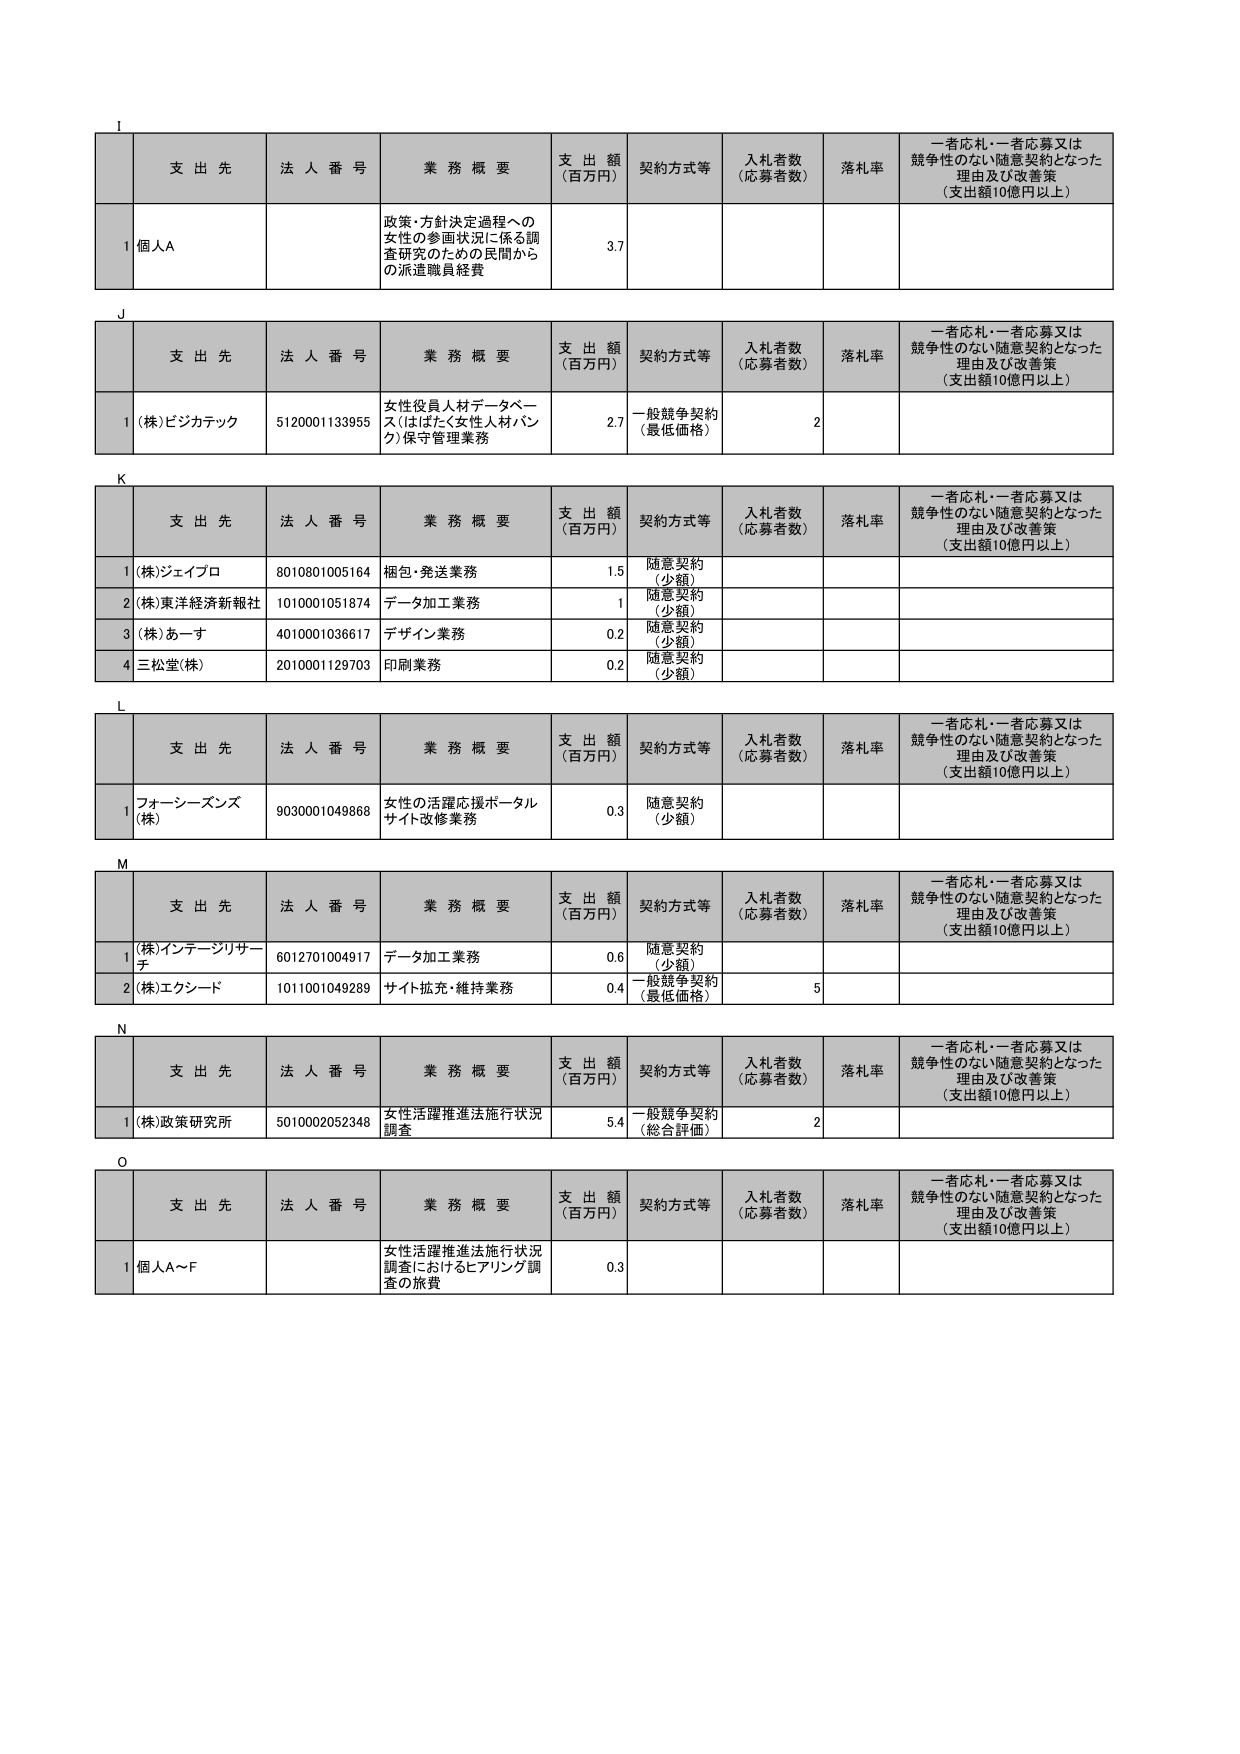
I
支 出 先 法 人 番 号 業 務 概 要 支 出 額 （百万円） 契約方式等 入札者数 （応募者数） 落札率 一者応札・一者応募又は 競争性のない随意契約となった 理由及び改善策 （支出額10億円以上）
1 個人A 政策・方針決定過程への 女性の参画状況に係る調 査研究のための民間から の派遣職員経費 3.7

J
支 出 先 法 人 番 号 業 務 概 要 支 出 額 （百万円） 契約方式等 入札者数 （応募者数） 落札率 一者応札・一者応募又は 競争性のない随意契約となった 理由及び改善策 （支出額10億円以上）
1 (株)ビジカテック 5120001133955 女性役員人材データベー ス（はばたく女性人材バン ク）保守管理業務 2.7 一般競争契約 （最低価格） 2

K
支 出 先 法 人 番 号 業 務 概 要 支 出 額 （百万円） 契約方式等 入札者数 （応募者数） 落札率 一者応札・一者応募又は 競争性のない随意契約となった 理由及び改善策 （支出額10億円以上）
1 (株)ジェイプロ 8010801005164 梱包・発送業務 1.5 随意契約 （少額）
2 (株)東洋経済新報社 1010001051874 データ加工業務 1 随意契約 （少額）
3 (株)あーす 4010001036617 デザイン業務 0.2 随意契約 （少額）
4 三松堂(株) 2010001129703 印刷業務 0.2 随意契約 （少額）

L
支 出 先 法 人 番 号 業 務 概 要 支 出 額 （百万円） 契約方式等 入札者数 （応募者数） 落札率 一者応札・一者応募又は 競争性のない随意契約となった 理由及び改善策 （支出額10億円以上）
1 フォーシーズンズ (株) 9030001049868 女性の活躍応援ポータル サイト改修業務 0.3 随意契約 （少額）

M
支 出 先 法 人 番 号 業 務 概 要 支 出 額 （百万円） 契約方式等 入札者数 （応募者数） 落札率 一者応札・一者応募又は 競争性のない随意契約となった 理由及び改善策 （支出額10億円以上）
1 (株)インテーシリサー チ 6012701004917 データ加工業務 0.6 随意契約 （少額）
2 (株)エクシード 1011001049289 サイト拡充・維持業務 0.4 一般競争契約 （最低価格） 5

N
支 出 先 法 人 番 号 業 務 概 要 支 出 額 （百万円） 契約方式等 入札者数 （応募者数） 落札率 一者応札・一者応募又は 競争性のない随意契約となった 理由及び改善策 （支出額10億円以上）
1 (株)政策研究所 5010002052348 女性活躍推進法施行状況 調査 5.4 一般競争契約 （総合評価） 2

O
支 出 先 法 人 番 号 業 務 概 要 支 出 額 （百万円） 契約方式等 入札者数 （応募者数） 落札率 一者応札・一者応募又は 競争性のない随意契約となった 理由及び改善策 （支出額10億円以上）
1 個人A～F 女性活躍推進法施行状況 調査におけるヒアリング調 査の旅費 0.3